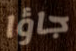
جاؤا